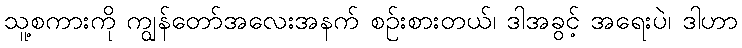
သူ့စကားကို ကျွန်တော်အလေးအနက် စဉ်းစားတယ်၊ ဒါအခွင့် အရေးပဲ၊ ဒါဟာ